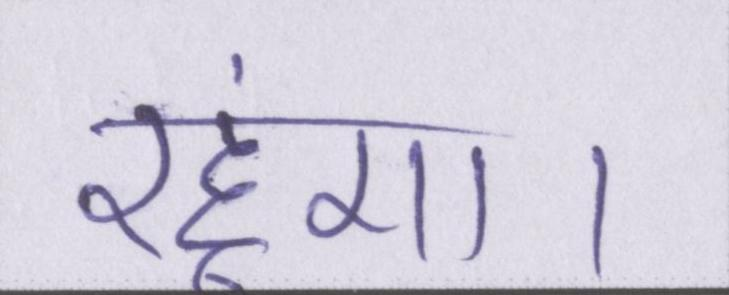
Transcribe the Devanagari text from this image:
रहूंगा।